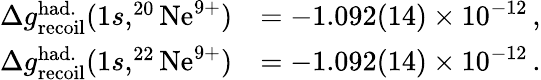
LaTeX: \begin{array}{rl}{\Delta g_{\mathrm{recoil}}^{\mathrm{had.}}(1s,^{20}\mathrm{Ne}^{9+})}&{=-1.092(14)\times 10^{-12}\, ,}\\ {\Delta g_{\mathrm{recoil}}^{\mathrm{had.}}(1s,^{22}\mathrm{Ne}^{9+})}&{=-1.092(14)\times 10^{-12}\, .}\end{array}